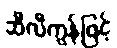
ဆီလီကွန်ဖြင့်